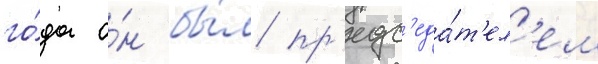
го́да о́н бы́л пр'едс'еда́т'ел'ем